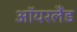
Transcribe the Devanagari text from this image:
ऑयरलैंड